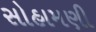
સોહામણી